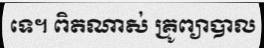
ទេ។ ពិតណាស់ គ្រូព្យាបាល